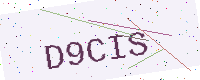
Text: D9CIS